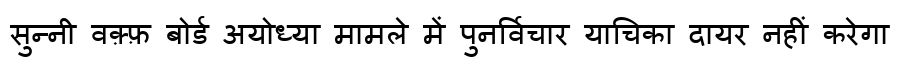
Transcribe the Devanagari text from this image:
सुन्नी वक़्फ़ बोर्ड अयोध्या मामले में पुनर्विचार याचिका दायर नहीं करेगा